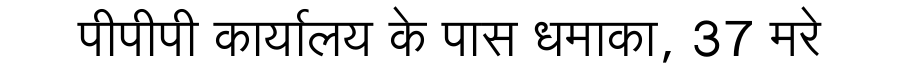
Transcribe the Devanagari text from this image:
पीपीपी कार्यालय के पास धमाका, 37 मरे